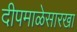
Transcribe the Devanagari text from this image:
दीपमाळेसारखा